Vaccine operations Central Provinces & Berar 1922-1929 - 1922-1929
Year: 1922
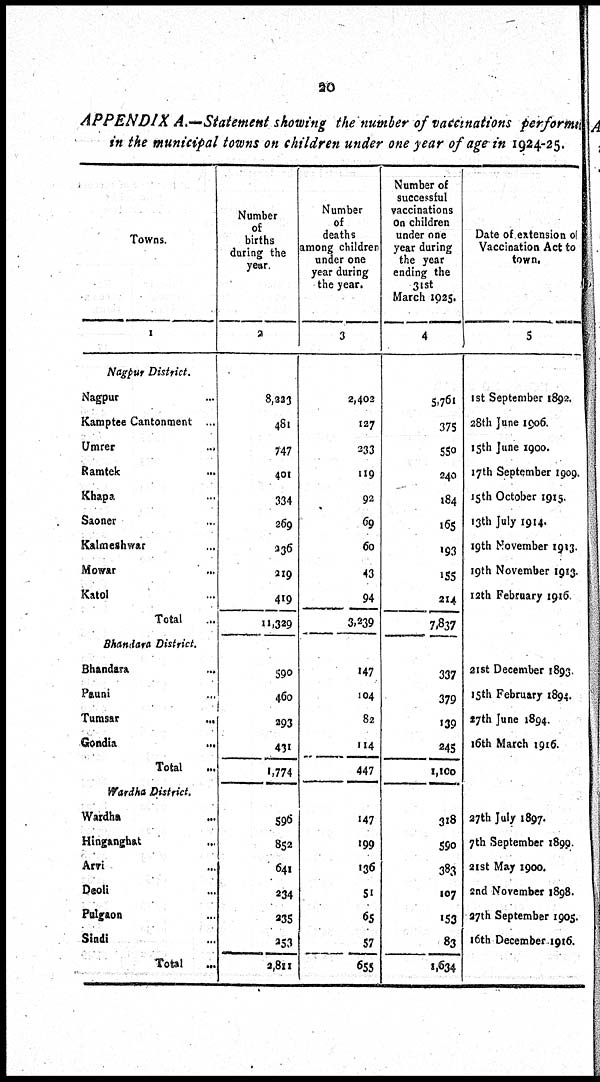
20
APPENDIX A.—Statement showing the number of vaccinations performed
in the municipal towns on children under one year of age in 1924-25.
Towns.
1
Nagpur District.
Nagpur ...
Kamptee Cantonment ...
Umrer ...
Ramtek ...
Khapa ...
Saoner ...
Kalmeshwar ...
Mowar ...
Katol ...
Total ...
Bhandara District.
Bhandara
...
Pauni ...
Tumsar
...
Gondia
...
Total ...
Wardha District.
Wardha ...
Hinganghat ...
Arvi ...
Deoli ...
Pulgaon ...
Sindi ...
Total ...
Number
of
births
during the
year
2
8,223
481
747
401
334
269
236
219
419
11,329
590
460
293
431
1,774
596
852
641
234
235
253
2,811
Number
of
deaths
among children
under one
year during
the year.
3
2,402
127
233
119
92
69
60
43
94
3,239
147
104
82
114
447
147
199
136
51
65
57
655
Number of
successful
vaccinations
on children
under one
year during
the year
ending the
31st
March 1925.
4
5,761
375
550
240
184
165
193
155
214
7,837
337
379
139
245
1,100
318
590
383
107
153
83
1,634
Date of extension of
Vaccination Act to
town.
5
1st September 1892.
28th June 1906.
15th June 1900.
17th September 1909.
15th October 1915.
13th July 1914.
19th November 1913.
19th November 1913.
12th February 1916.
21st December 1893.
15th February 1894.
27th June 1894.
16th March 1916.
27th July 1897.
7th September 1899.
21st May 1900.
2nd November 1898.
27th September 1905.
16th December 1916.